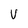
Character: v